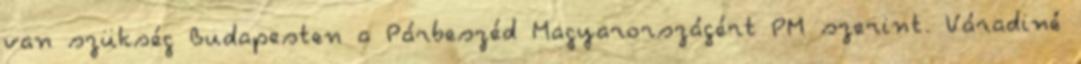
van szükség Budapesten a Párbeszéd Magyarországért PM szerint. Váradiné